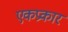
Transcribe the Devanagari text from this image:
एकप्रकार